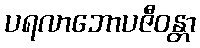
ပရလာဘောပဇီဝန္တာ